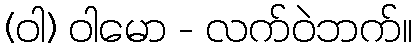
(ဝါ) ဝါမော - လက်ဝဲဘက်။